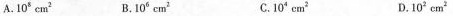
A.10^{8}cm^{2} B.10^{6}cm^{2} C.10^{4}cm^{3} D.10^{2}cm^{2}